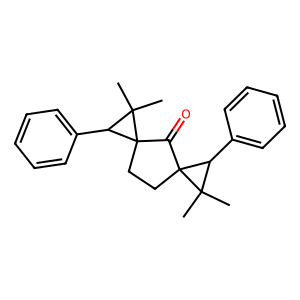
SMILES: CC1(C)C(c2ccccc2)C12CCC1(C2=O)C(c2ccccc2)C1(C)C
Inhibits HIV replication: No